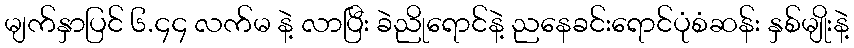
မျက်နှာပြင် ၆.၄၄ လက်မ နဲ့ လာပြီး ခဲညိုရောင်နဲ့ ညနေခင်းရောင်ပုံစံဆန်း နှစ်မျိုးနဲ့